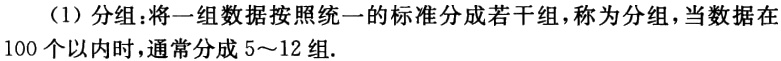
（1）分组：将一组数据按照统一的标准分成若干组，称为分组，当数据在100个以内时，通常分成5～12组.